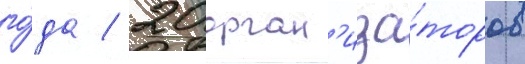
го́да / 20 орган'иза́торов